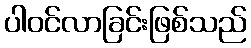
ပါဝင်လာခြင်းဖြစ်သည်